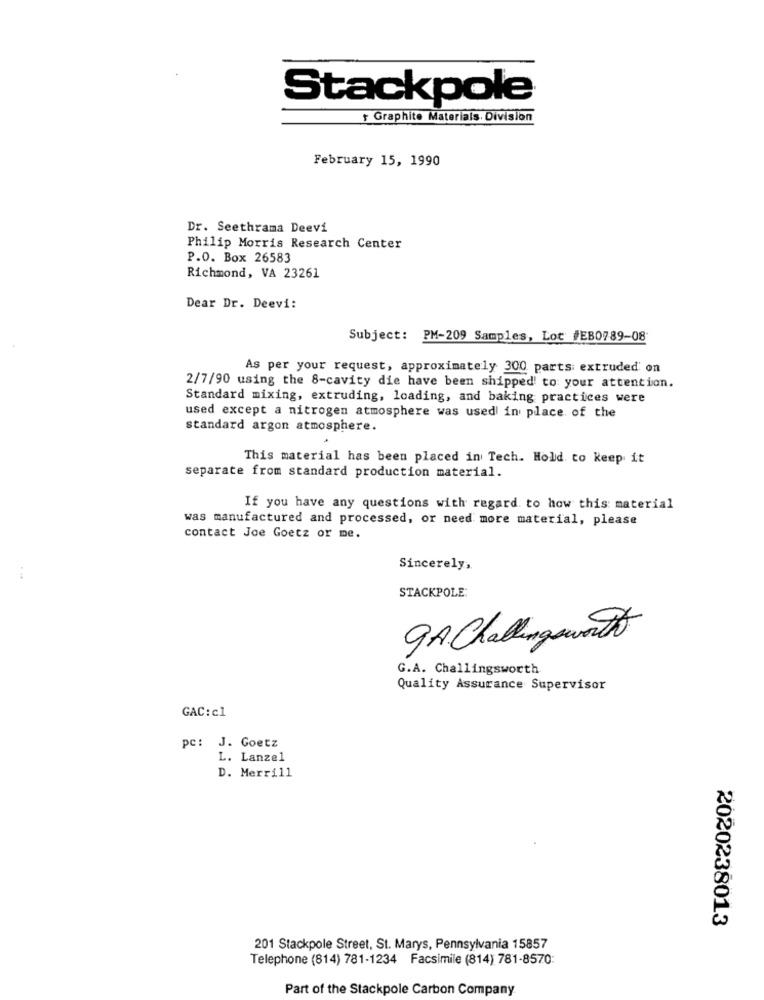
Stackpole
Graphite Materials. Division
February 15, 1990
Dr. Seethrama Deevi
Philip Morris Research Center
P.O. Box 26583
Richmond, VA 23261
Dear Dr. Deevi:
Subject: PM-209 Samples, Lot #EB0789-08
As per your request, approximately 300 parts extruded' on
2/7/90 using the 8-cavity die have been shipped to your attention.
Standard mixing, extruding, loading, and baking practices were
used except a nitrogen atmosphere was used in place of the
standard argon atmosphere.
This material has been placed in Tech. Hold to keep it
separate from standard production material.
If you have any questions with regard to how this material
was manufactured and processed, or need more material, please
contact Joe Goetz or me.
Sincerely,
STACKPOLE:
9A Challingsworth
G.A. Challingsworth
Quality Assurance Supervisor
GAC:cl
pc: J. Goetz
L. Lanzel
D. Merrill
2020238013
201 Stackpole Street, St. Marys, Pennsylvania 15857
Telephone (814) 781-1234 Facsimile (814) 781-8570:
Part of the Stackpole Carbon Company